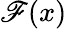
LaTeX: \mathscr{F}(x)